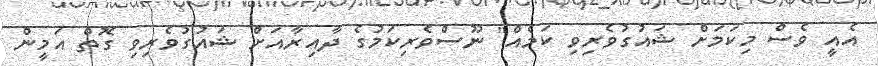
އެއީ ވެސް މިކަމަށް ޝައުގުވެރިވި ކަމެއް" ނޫސްވެރިކަމުގެ ދާއިރާއަށް ޝައުގުވެރިވި ގޮތް އަމީން